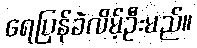
ရေပြန်ခဲလိမ့်ဦးမည်။